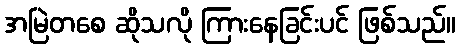
အမြဲတစေ ဆိုသလို ကြားနေခြင်းပင် ဖြစ်သည်။